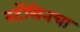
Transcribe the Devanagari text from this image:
स्टॅलिनचा